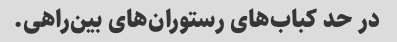
در حد کباب‌های رستوران‌های بین‌راهی.